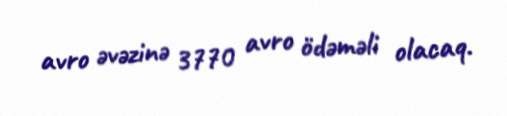
avro əvəzinə 3770 avro ödəməli olacaq.